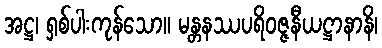
အဋ္ဌ၊ ရှစ်ပါးကုန်သော။ မန္တနဿပရိဝဇ္ဇနီယဋ္ဌာနာနိ၊